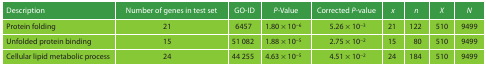
| Description | Number of genes in test set | GO-ID | P-Value | Corrected P-value | x | n | X | N |
 | --- | --- | --- | --- | --- | --- | --- | --- | --- |
 | Protein folding | 21 | 6457 | 1.80 × 10−6 | 5.26 × 10−3 | 21 | 122 | 510 | 9499 |
 | Unfolded protein binding | 15 | 51 082 | 1.88 × 10−5 | 2.75 × 10−2 | 15 | 80 | 510 | 9499 |
 | Cellular lipid metabolic process | 24 | 44 255 | 4.63 × 10−5 | 4.51 × 10−2 | 24 | 184 | 510 | 9499 |